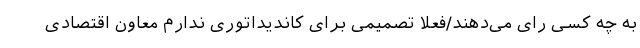
به چه کسی رای می‌دهند/فعلا تصمیمی برای کاندیداتوری ندارم معاون اقتصادی